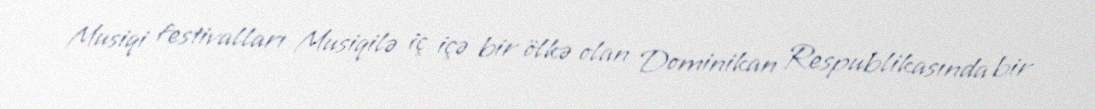
Musiqi festivalları Musiqilə iç içə bir ölkə olan Dominikan Respublikasında bir